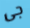
جى